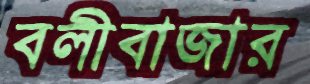
বলীবাজার